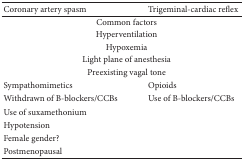
<table><thead><tr><td><b>Coronary artery spasm</b></td><td><b>Trigeminal-cardiac reflex</b></td></tr></thead><tbody><tr><td colspan="2">Common factors</td></tr><tr><td colspan="2">Hyperventilation</td></tr><tr><td colspan="2">Hypoxemia</td></tr><tr><td colspan="2">Light plane of anesthesia</td></tr><tr><td colspan="2">Preexisting vagal tone</td></tr><tr><td>Sympathomimetics</td><td>Opioids</td></tr><tr><td>Withdrawn of B-blockers/CCBs</td><td>Use of B-blockers/CCBs</td></tr><tr><td>Use of suxamethonium</td><td> </td></tr><tr><td>Hypotension</td><td> </td></tr><tr><td>Female gender?</td><td> </td></tr><tr><td>Postmenopausal</td><td> </td></tr></tbody></table>